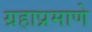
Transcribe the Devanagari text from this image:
ग्रहाप्रमाणे